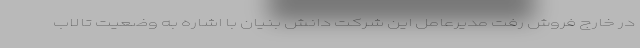
در خارج فروش رفت مدیرعامل این شرکت دانش بنیان با اشاره به وضعیت تالاب